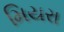
મિયરા